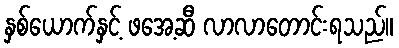
နှစ်ယောက်နှင့် ဖအေ့ဆီ လာလာတောင်းရသည်။